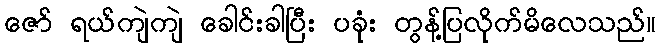
ဇော် ရယ်ကျဲကျဲ ခေါင်းခါပြီး ပခုံး တွန့်ပြလိုက်မိလေသည်။